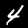
Label: 4